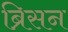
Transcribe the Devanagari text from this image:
ब्रिसन